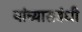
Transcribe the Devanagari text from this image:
यांच्यासबंधी